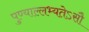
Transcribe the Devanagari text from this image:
पुण्याल्लभ्यतेऽसौ